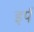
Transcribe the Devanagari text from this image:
इर्प